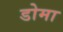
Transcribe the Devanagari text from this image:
डोमा